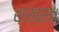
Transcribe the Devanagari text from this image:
शख्स।